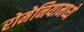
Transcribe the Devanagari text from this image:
रोमेनियामध्ये